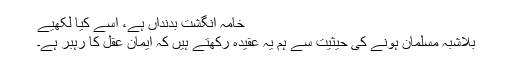
خامہ انگشت بدنداں ہے، اسے کیا لکھیے
بِلاشبہ مسلمان ہونے کی حیثیت سے ہم یہ عقیدہ رکھتے ہیں کہ ایمان عقل کا رہبر ہے۔